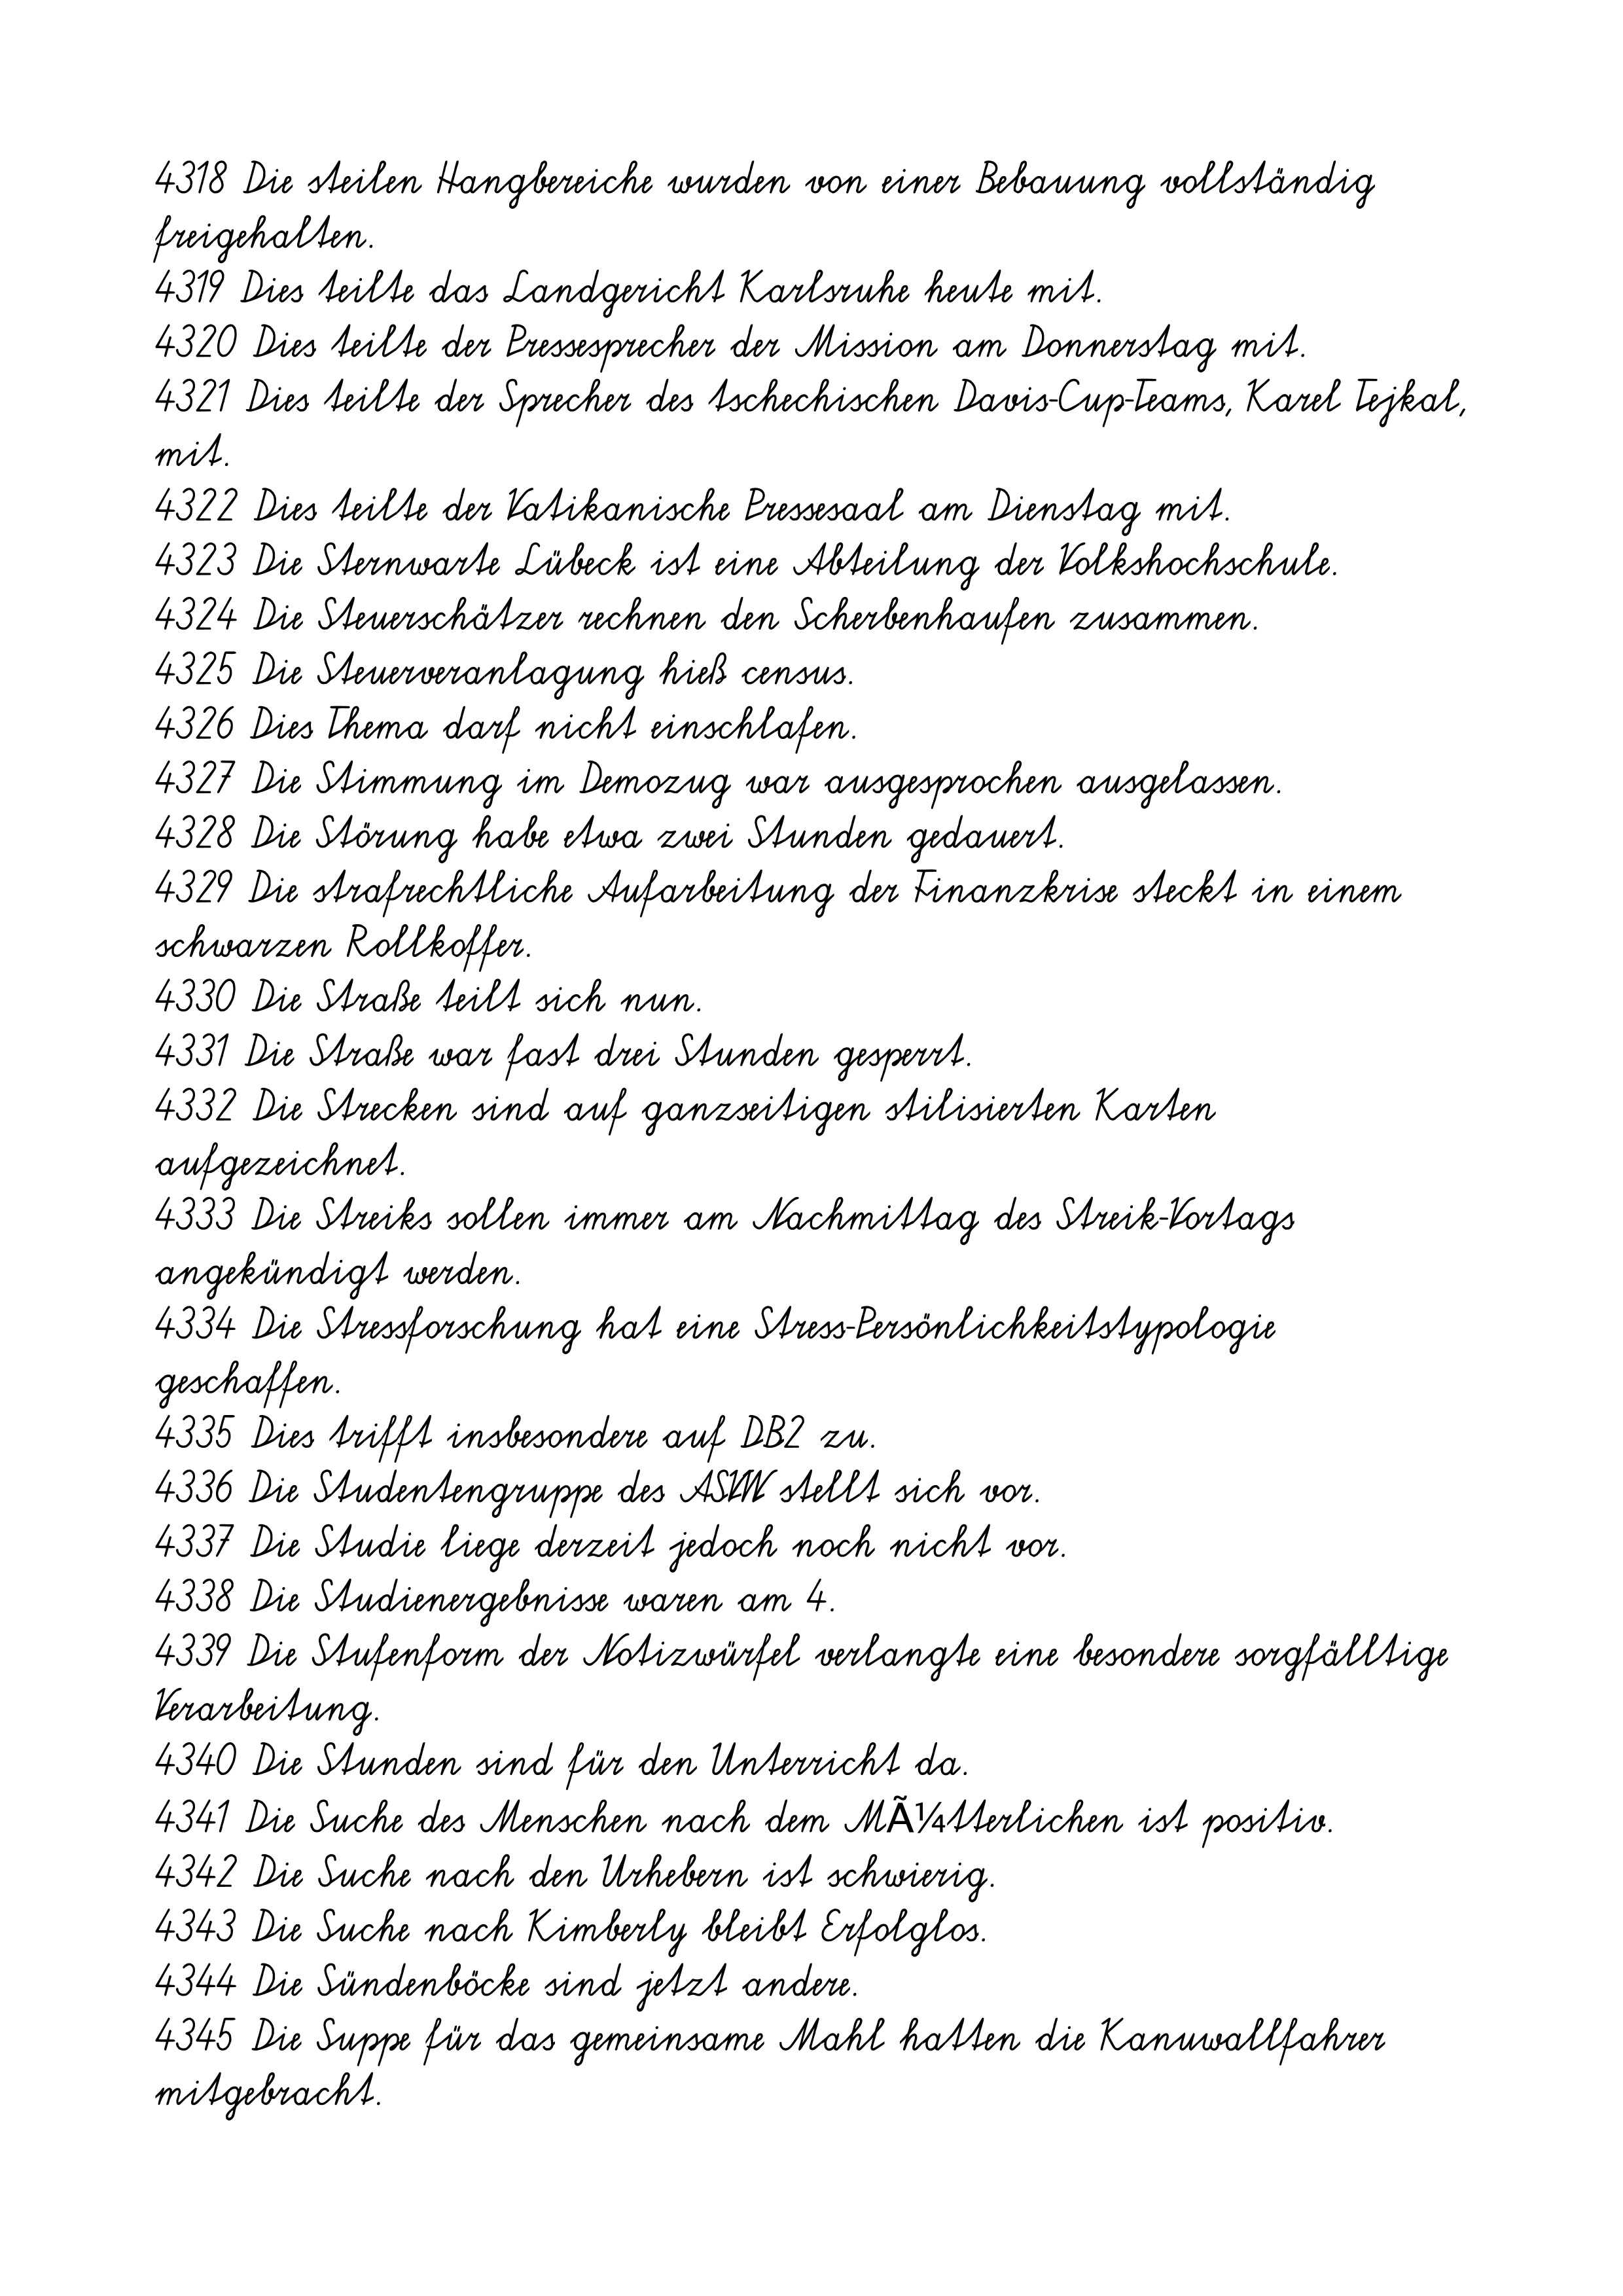
4318 Die steilen Hangbereiche wurden von einer Bebauung vollständig
freigehalten.
4319 Dies teilte das Landgericht Karlsruhe heute mit.
4320 Dies teilte der Pressesprecher der Mission am Donnerstag mit.
4321 Dies teilte der Sprecher des tschechischen Davis-Cup-Teams, Karel Tejkal,
mit.
4322 Dies teilte der Vatikanische Pressesaal am Dienstag mit.
4323 Die Sternwarte Lübeck ist eine Abteilung der Volkshochschule.
4324 Die Steuerschätzer rechnen den Scherbenhaufen zusammen.
4325 Die Steuerveranlagung hieß census.
4326 Dies Thema darf nicht einschlafen.
4327 Die Stimmung im Demozug war ausgesprochen ausgelassen.
4328 Die Störung habe etwa zwei Stunden gedauert.
4329 Die strafrechtliche Aufarbeitung der Finanzkrise steckt in einem
schwarzen Rollkoffer.
4330 Die Straße teilt sich nun.
4331 Die Straße war fast drei Stunden gesperrt.
4332 Die Strecken sind auf ganzseitigen stilisierten Karten
aufgezeichnet.
4333 Die Streiks sollen immer am Nachmittag des Streik-Vortags
angekündigt werden.
4334 Die Stressforschung hat eine Stress-Persönlichkeitstypologie
geschaffen.
4335 Dies trifft insbesondere auf DB2 zu.
4336 Die Studentengruppe des ASVW stellt sich vor.
4337 Die Studie liege derzeit jedoch noch nicht vor.
4338 Die Studienergebnisse waren am 4.
4339 Die Stufenform der Notizwürfel verlangte eine besondere sorgfälltige
Verarbeitung.
4340 Die Stunden sind für den Unterricht da.
4341 Die Suche des Menschen nach dem MÃ¼tterlichen ist positiv.
4342 Die Suche nach den Urhebern ist schwierig.
4343 Die Suche nach Kimberly bleibt Erfolglos.
4344 Die Sündenböcke sind jetzt andere.
4345 Die Suppe für das gemeinsame Mahl hatten die Kanuwallfahrer
mitgebracht.